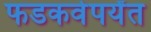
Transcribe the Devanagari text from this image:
फडकवेपर्यंत